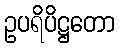
ဥပရိပိဋ္ဌတော